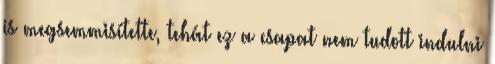
is megsemmisítette, tehát ez a csapat nem tudott indulni